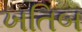
ખતિબ